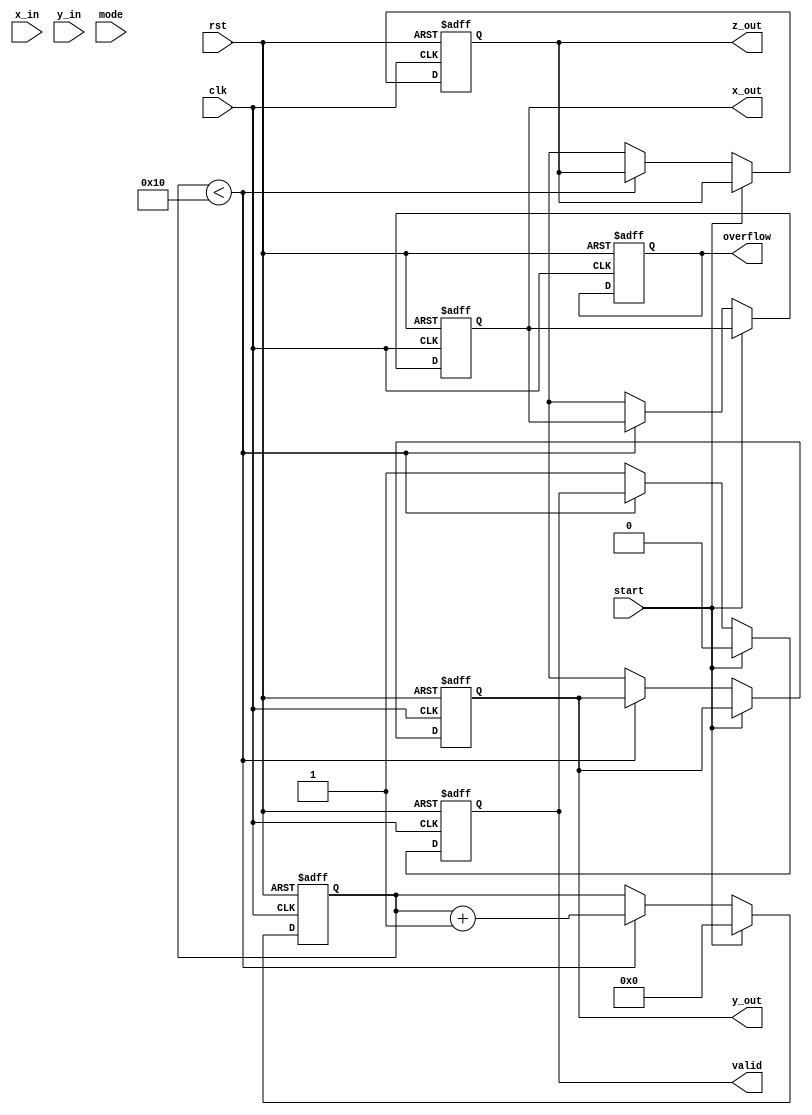
module floating_point_cordic (
    input clk,
    input rst,
    input start,
    input [31:0] x_in,       // Input X (IEEE 754 single precision)
    input [31:0] y_in,       // Input Y (for rotation) or Z (for vectoring)
    input mode,              // 0 for rotation, 1 for vectoring
    output reg [31:0] x_out, // Output X
    output reg [31:0] y_out, // Output Y or magnitude
    output reg [31:0] z_out, // Output Z (angle)
    output reg valid,        // Output valid flag
    output reg overflow      // Overflow indication
);

    parameter NUM_ITERATIONS = 16; // Number of iterations
    parameter SCALE_FACTOR = 32'h3F6A09E6; // Precomputed scaling factor (for CORDIC)

    reg [31:0] x [0:NUM_ITERATIONS-1];
    reg [31:0] y [0:NUM_ITERATIONS-1];
    reg [31:0] z [0:NUM_ITERATIONS-1];
    reg [4:0] iteration;
    reg [31:0] angle_lut [0:NUM_ITERATIONS-1]; // Angle LUT

    initial begin
        // Initialize the angle lookup table for 0, pi/4, pi/8, etc.
        angle_lut[0] = 32'h3F000000; // 0
        angle_lut[1] = 32'h3F490FDB; // pi/4
        angle_lut[2] = 32'h3F22D4E2; // pi/8
        // Add more values as needed...
    end

    always @(posedge clk or posedge rst) begin
        if (rst) begin
            x_out <= 32'b0;
            y_out <= 32'b0;
            z_out <= 32'b0;
            valid <= 1'b0;
            overflow <= 1'b0;
            iteration <= 0;
        end else if (start) begin
            x[0] <= x_in;
            y[0] <= mode ? 32'b0 : y_in; // For vectoring, initialize Y to 0
            z[0] <= mode ? y_in : 32'b0; // For rotation, initialize Z to 0
            iteration <= 0;
            valid <= 1'b0;
        end else if (iteration < NUM_ITERATIONS) begin
            // Perform CORDIC iteration
            if (z[iteration] < 0) begin
                x[iteration + 1] <= x[iteration] + (y[iteration] >>> iteration);
                y[iteration + 1] <= y[iteration] - (x[iteration] >>> iteration);
                z[iteration + 1] <= z[iteration] + angle_lut[iteration];
            end else begin
                x[iteration + 1] <= x[iteration] - (y[iteration] >>> iteration);
                y[iteration + 1] <= y[iteration] + (x[iteration] >>> iteration);
                z[iteration + 1] <= z[iteration] - angle_lut[iteration];
            end
            iteration <= iteration + 1;
        end else begin
            // Final output assignment
            x_out <= x[NUM_ITERATIONS];
            y_out <= y[NUM_ITERATIONS];
            z_out <= z[NUM_ITERATIONS];
            valid <= 1'b1;
            // Determine overflow if necessary
            // overflow <= (some_condition); // Define any overflow condition
        end
    end

endmodule